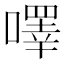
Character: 㘁